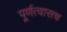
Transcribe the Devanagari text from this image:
पूर्णत्वासच